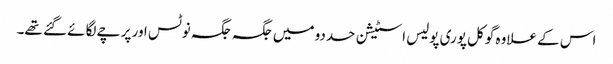
اس کے علاوہ گوکل پوری پولیس اسٹیشن حددو میں جگہ جگہ نوٹس اور پرچے لگائے گئے تھے۔